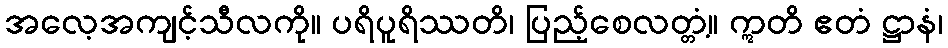
အလေ့အကျင့်သီလကို။ ပရိပူရိဿတိ၊ ပြည့်စေလတ္တံ့။ ဣတိ ဧတံ ဋ္ဌာနံ၊